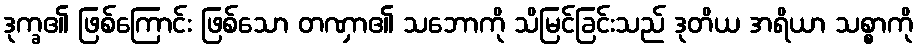
ဒုက္ခ၏ ဖြစ်ကြောင်း ဖြစ်သော တဏှာ၏ သဘောကို သိမြင်ခြင်းသည် ဒုတိယ အရိယာ သစ္စာကို